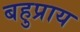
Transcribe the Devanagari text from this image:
बहुप्राय